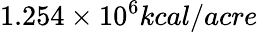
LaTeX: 1.254\times 10^{6}kcal/acre